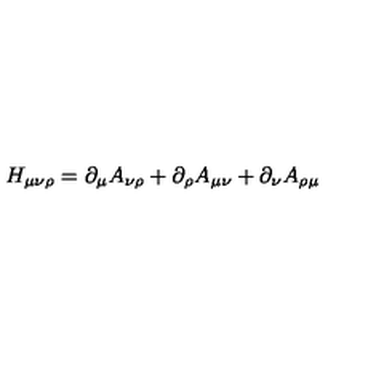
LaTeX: H _ { \mu \nu \rho } = \partial _ { \mu } A _ { \nu \rho } + \partial _ { \rho } A _ { \mu \nu } + \partial _ { \nu } A _ { \rho \mu }